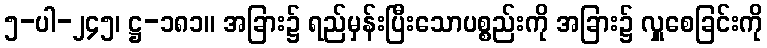
၅-ပါ-၂၄၅၊ ဋ္ဌ-၁၈၁။ အခြား၌ ရည်မှန်းပြီးသောပစ္စည်းကို အခြား၌ လှူစေခြင်းကို